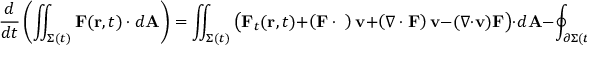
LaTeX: { \frac { d } { d t } } \left( \iint _ { \Sigma ( t ) } \mathbf { F } ( \mathbf { r } , t ) \cdot d \mathbf { A } \right) = \iint _ { \Sigma ( t ) } { \big ( } \mathbf { F } _ { t } ( \mathbf { r } , t ) + \left( \mathbf { F \cdot \nabla } \right) \mathbf { v } + \left( \nabla \cdot \mathbf { F } \right) \mathbf { v } - ( \nabla \cdot \mathbf { v } ) \mathbf { F } { \big ) } \cdot d \mathbf { A } - \oint _ { \partial \Sigma ( t ) } \left( \mathbf { v } \times \mathbf { F } \right) \cdot d \mathbf { s } .